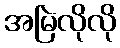
အမြဲလိုလို